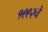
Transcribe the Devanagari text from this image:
१९९२चे